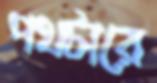
পথটারে